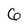
Character: 6